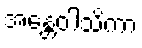
အန္တေဝါသိကာ